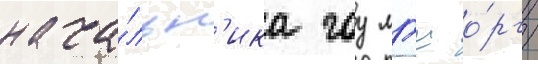
нача́льн'ика гоу мгш о́рг/